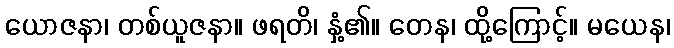
ယောဇနာ၊ တစ်ယူဇနာ။ ဖရတိ၊ နှံ့၏။ တေန၊ ထို့ကြောင့်။ မယေန၊